画像に写った文字を読んでください
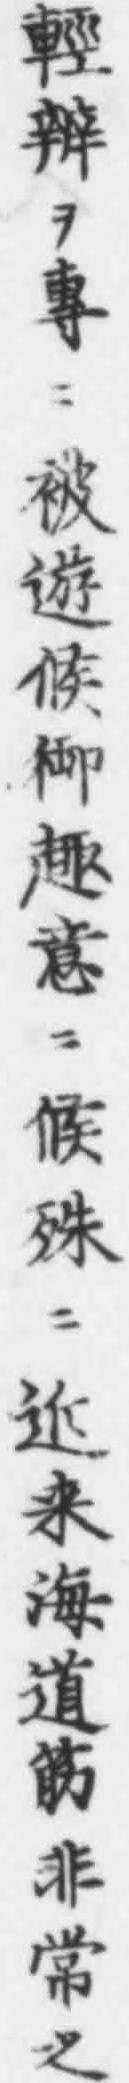
「輕辨ヲ專ニ被遊候御趣意ニ候殊ニ近来海道筋非常之」と書いてあります